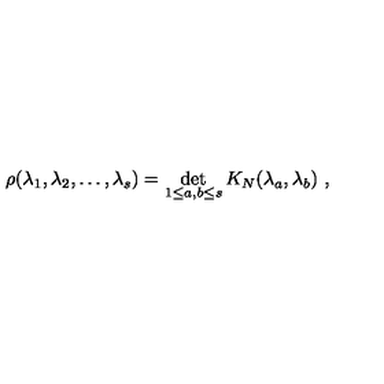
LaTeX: \rho ( \lambda _ { 1 } , \lambda _ { 2 } , \ldots , \lambda _ { s } ) = \det _ { 1 \leq a , b \leq s } K _ { N } ( \lambda _ { a } , \lambda _ { b } ) \ ,